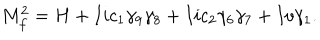
M _ { f } ^ { 2 } = H + I i c _ { 1 } \gamma _ { 9 } \gamma _ { 8 } + I i c _ { 2 } \gamma _ { 6 } \gamma _ { 7 } + I v \gamma _ { 1 } .